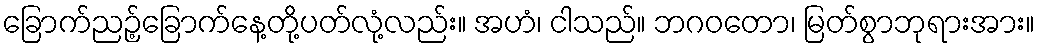
ခြောက်ညဉ့်ခြောက်နေ့တို့ပတ်လုံ့လည်း။ အဟံ၊ ငါသည်။ ဘဂဝတော၊ မြတ်စွာဘုရားအား။